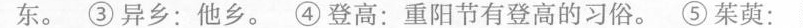
③异乡：他乡。④登高：重阳节有登高的习俗。⑤茱萸：